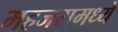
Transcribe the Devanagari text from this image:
महजरामध्ये